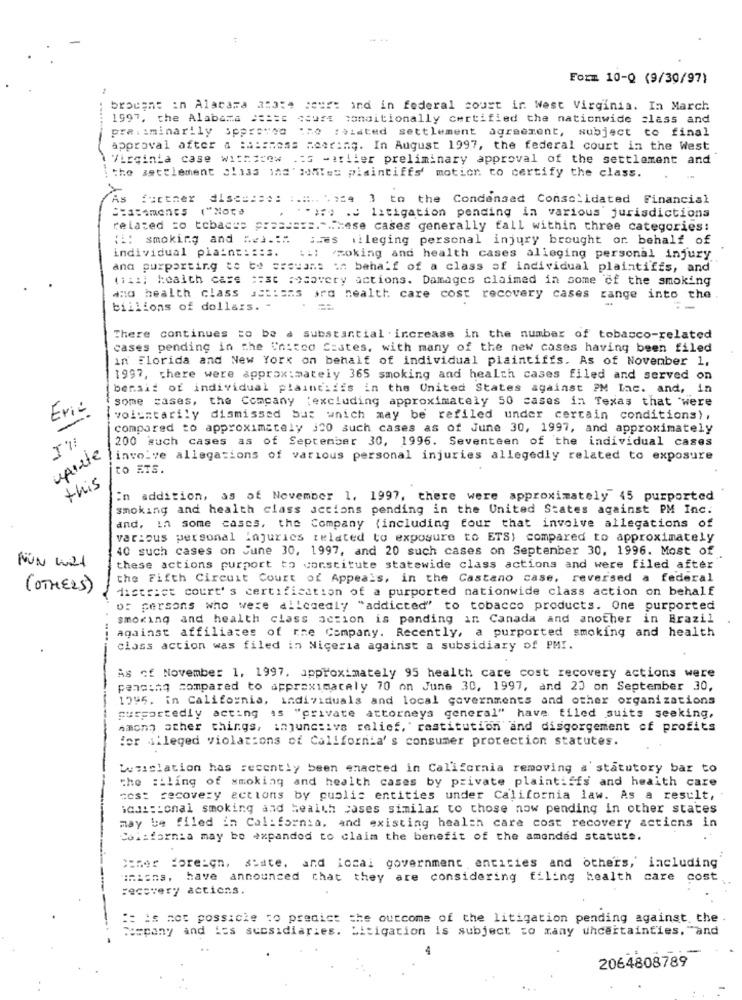
Form 10-Q (9/30/97)
brought in Alacara amate cour: ind in federal court ir. West Virginia. In March
1997, che Alabama ==== s scuss conditionally certified the nationwide class and
pra: : minarily spersvoo 120 :aiated settlement agreement, subject to final
approval after a :assness neering. In August 1997, the federal court in the West
\ Virginia case withicew .: S -arlier preliminary approval of the settlement and
i the settlement class ind' >les plaintiffs' motion to certify the class.
As further disse :::: :.::.. . 129 3 to the Condensed Consolidated Financial
("Note
. "">:) . litigation pending in various jurisdictions
related =o tobaces p =======. .. Mese cases generally fall within three categories:
(i: smoking and hej .: # shes vileging personal injury brought or. behalf of
individual plaint: :: 3. 11: moking and health cases alleging personal injury
ana purporting to be srovans on behalf of a class of individual plaintiffs, and
(141; health case :: st wosavery actions. Damages claimed in some of the smoking
ano health class actions ard health care cost recovery cases
range into the
billions of dollars. -
There continues to be a substantial increase in the number of tobacco-related
cases pending in the United States, with many of the new cases having been filed
in Florida and New York on behalf of individual plaintiffs. As of November 1,
1997, there were approximately 365 smoking and health cases filed and served on
bersit of individual plaintiffs in the United States against PM Iac. and, in
some cases, the Company (excluding approximately 50 cases in Texas that were
Eric
voluntarily dismissed but which may be refiled under certain conditions) ,
compared to approximately j20 such cases as of June 30, 1997, and approximately
200 such cases as of September 30, 1996. Seventeen of the individual cases
unirte
involve allegations of various personal injuries allegedly related to exposure
TO ETS.
this
in addition, as of November 1, 1997, there were approximately 45 purported
smoking and health class actions pending in the United States against PM Inc.
and, in some cases, the Company (including four that involve allegations of
various personal Injuries related to exposure to ETS) compared to approximately
40 such cases on June 30, 1997, and 20 such cases on September 30, 1996. Most of
NON Wat
these actions purport to constitute statewide class actions and were filed after
the Fifth Circuit Court of Appeals, in the Castano case, reversed a federal
(OTHERS)
district court's certification of a purported nationwide class action on behalf
D: persons who were allegedly "addicted" to tobacco products. One purported
smoking and health class action is pending in Canada and another in Brazil
against affiliates of rre Company. Recently, a purported smoking and health
.----
class action was filed in Nigeria against a subsidiary of PMI.
-
As of November 1, 1997. approximately 95 health care cost recovery actions were
pencing compared to approximately 70 on June 30, 1997, and 20 on September 30,
1795. in California, individuals and local governments and other organizations
purportedly acting is "private attorneys general" have filed suits seeking,
among other things, injunctive relief, restitution and disgorgement of profits
for alleged violations of California's consumer protection statutes.
Wesislation has recently been enacted in California removing a statutory bar to
the :iling of smoking and health cases by private plaintiffs and health care
zes: recovery actions by public entities under California law. As a result,
icss :ional smoking and health cases similar to those now pending in other states
may be filed in California, and existing health care cost recovery actions in
California may be expanded to claim the benefit of the amended statute.
poner Foreign, state. and iccal government entities and others, including
unions, have announced that they are considering filing health care cost
recovery actions.
-------
:: is not possicke to predict the outcome of the litigation pending against the
Mapany and ias sucsidiaries. Litigation is subject to many uncertainties, "and
2064808789